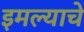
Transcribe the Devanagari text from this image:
इमल्याचे